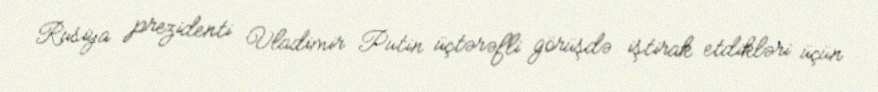
Rusiya prezidenti Vladimir Putin üçtərəfli görüşdə iştirak etdikləri üçün